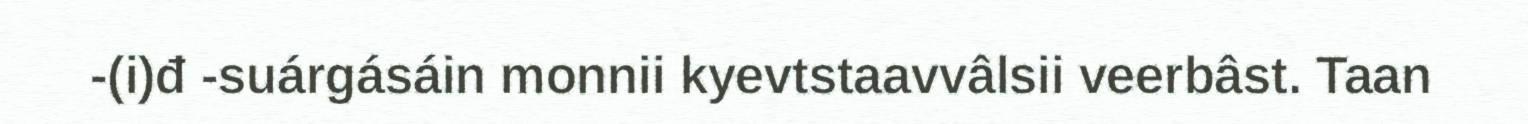
-(i)đ -suárgásáin monnii kyevtstaavvâlsii veerbâst. Taan